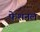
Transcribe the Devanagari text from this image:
फेशनल